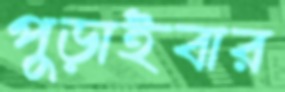
পুড়াইবার